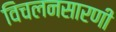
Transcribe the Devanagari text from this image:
विचलनसारणी